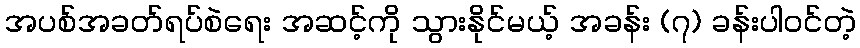
အပစ်အခတ်ရပ်စဲရေး အဆင့်ကို သွားနိုင်မယ့် အခန်း (၇) ခန်းပါဝင်တဲ့